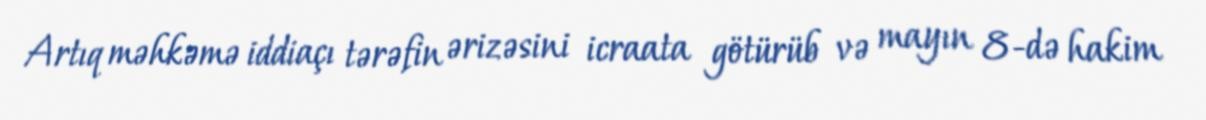
Artıq məhkəmə iddiaçı tərəfin ərizəsini icraata götürüb və mayın 8-də hakim